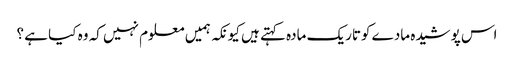
اس پوشیدہ مادے کوتاریک مادہ کہتے ہیں کیونکہ ہمیں معلوم نہیں کہ وہ کیا ہے ؟